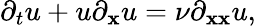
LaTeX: \partial_{t}u+u\partial_{\mathbf{x}}u=\nu\partial_{\mathbf{x}\mathbf{x}}u,